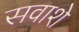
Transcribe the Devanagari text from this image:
सवाशे